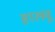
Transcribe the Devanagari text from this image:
हालवू